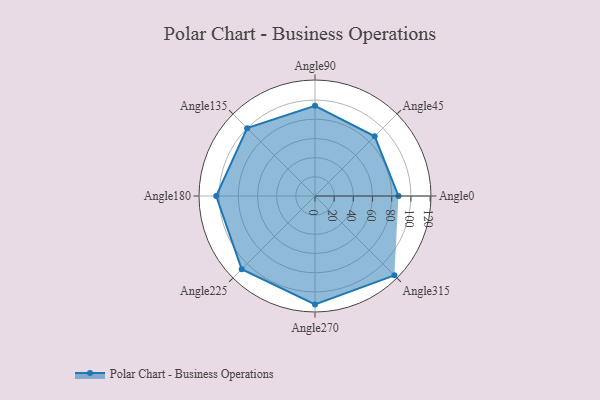
{"axis": {"x": "Angle", "y": "Radius"}, "legend": [""], "data": [{"x": "Angle0", "y": 87.0, "type": ""}, {"x": "Angle45", "y": 88.0, "type": ""}, {"x": "Angle90", "y": 94.0, "type": ""}, {"x": "Angle135", "y": 100.0, "type": ""}, {"x": "Angle180", "y": 103.0, "type": ""}, {"x": "Angle225", "y": 108.0, "type": ""}, {"x": "Angle270", "y": 113.0, "type": ""}, {"x": "Angle315", "y": 117.0, "type": ""}]}